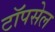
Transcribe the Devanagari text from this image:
टॉपसेल